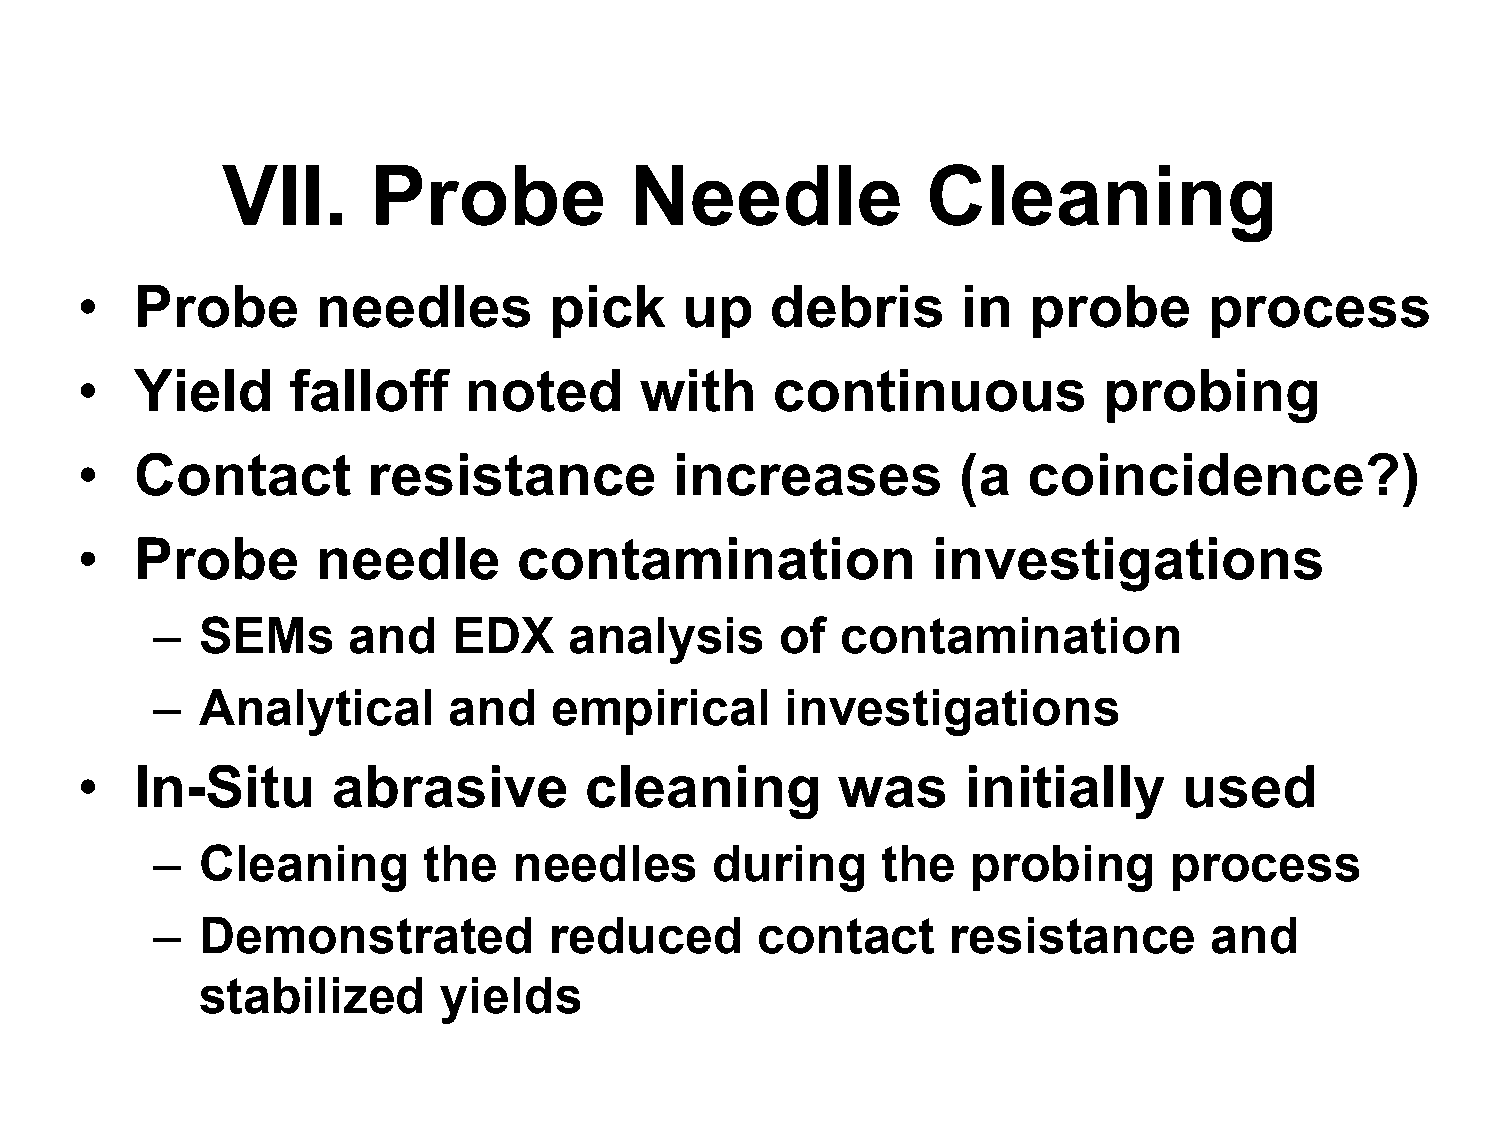
VII.     Probe             Needle             Cleaning
 •   Probe       needles        pick     up    debris       in  probe       process
 •   Yield     falloff     noted      with     continuous            probing
 •   Contact        resistance           increases         (a   coincidence?)
 •   Probe       needle       contamination               investigations
 –  SEMs      and    EDX     analysis      of  contamination
 –  Analytical       and    empirical      investigations
 •   In-Situ      abrasive         cleaning        was      initially     used
 –  Cleaning       the   needles      during     the   probing      process
 –  Demonstrated           reduced       contact      resistance       and
 stabilized      yields